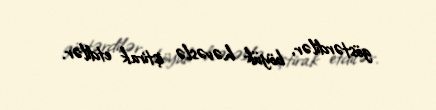
göstərdilər, böyük həvəslə iştirak etdilər.